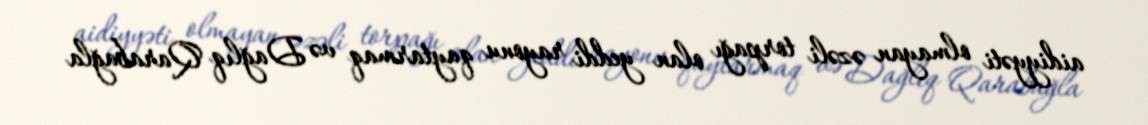
aidiyyəti olmayan əzəli torpağı olan yeddi rayonu qaytarmaq və Dağlıq Qarabağla